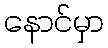
နောင်မှာ